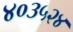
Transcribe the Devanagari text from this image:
४०३५२४